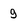
Character: g